Vaccination in Burma 1900-1911 - 1900-1911
Year: 1900
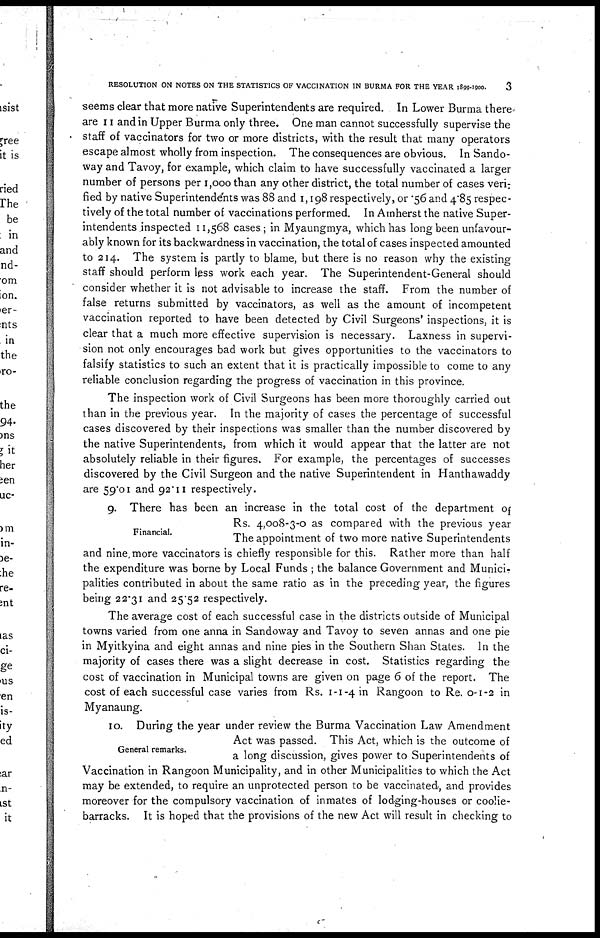
RESOLUTION ON NOTES ON THE STATISTICS OF VACCINATION IN BURMA FOR THE YEAR 1899-1900.
3
seems clear that more native Superintendents are required. In Lower Burma there.
are 11 and in Upper Burma only three. One man cannot successfully supervise the
staff of vaccinators for two or more districts, with the result that many operators
escape almost wholly from inspection. The consequences are obvious. In Sando-
way and Tavoy, for example, which claim to have successfully vaccinated a larger
number of persons per 1,000 than any other district, the total number of cases veri¬
fied by native Superintendents was 88 and 1,198 respectively, or .56 and 4.85 respec-
tively of the total number of vaccinations performed. In Amherst the native Super-
intendents inspected 11,568 cases; in Myaungmya, which has long been unfavour-
ably known for its backwardness in vaccination, the total of cases inspected amounted
to 214. The system is partly to blame, but there is no reason why the existing
staff should perform less work each year. The Superintendent-General should
consider whether it is not advisable to increase the staff. From the number of
false returns submitted by vaccinators, as well as the amount of incompetent
vaccination reported to have been detected by Civil Surgeons' inspections, it is
clear that a much more effective supervision is necessary. Laxness in supervi-
sion not only encourages bad work but gives opportunities to the vaccinators to
falsify statistics to such an extent that it is practically impossible to come to any
reliable conclusion regarding the progress of vaccination in this province.
The inspection work of Civil Surgeons has been more thoroughly carried out
than in the previous year. In the majority of cases the percentage of successful
cases discovered by their inspections was smaller than the number discovered by
the native Superintendents, from which it would appear that the latter are not
absolutely reliable in their figures. For example, the percentages of successes
discovered by the Civil Surgeon and the native Superintendent in Hanthawaddy
are 59.01 and 92.11 respectively.
Financial.
9. There has been an increase in the total cost of the department of
Rs. 4,008-3-0 as compared with the previous year
The appointment of two more native Superintendents
and nine more vaccinators is chiefly responsible for this. Rather more than half
the expenditure was borne by Local Funds ; the balance Government and Munici-
palities contributed in about the same ratio as in the preceding year, the figures
being 22.31 and 25.52 respectively.
The average cost of each successful case in the districts outside of Municipal
towns varied from one anna in Sandoway and Tavoy to seven annas and one pie
in Myitkyina and eight annas and nine pies in the Southern Shan States. In the
majority of cases there was a slight decrease in cost. Statistics regarding the
cost of vaccination in Municipal towns are given on page 6 of the report. The
cost of each successful case varies from Rs. 1 -1-4 in Rangoon to Re. 0-1-2 in
Myanaung.
General remarks.
10. During the year under review the Burma Vaccination Law Amendment
Act was passed. This Act, which is the outcome of
a long discussion, gives power to Superintendents of
Vaccination in Rangoon Municipality, and in other Municipalities to which the Act
may be extended, to require an unprotected person to be vaccinated, and provides
moreover for the compulsory vaccination of inmates of lodging-houses or coolie-
barracks. It is hoped that the provisions of the new Act will result in checking to